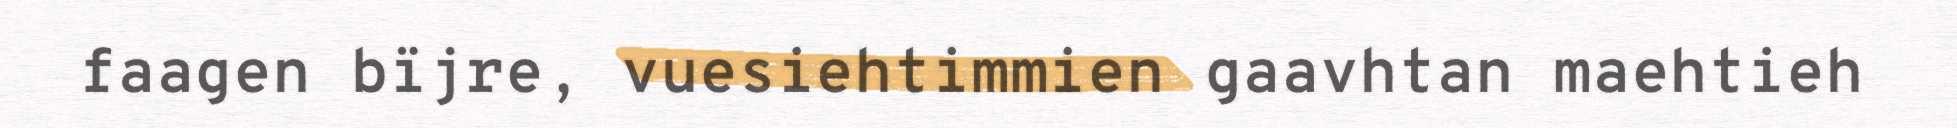
faagen bïjre, vuesiehtimmien gaavhtan maehtieh